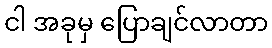
ငါ အခုမှ ပြောချင်လာတာ